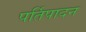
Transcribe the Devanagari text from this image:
पर्तिपादन